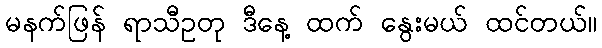
မနက်ဖြန် ရာသီဥတု ဒီနေ့ ထက် နွေးမယ် ထင်တယ်။